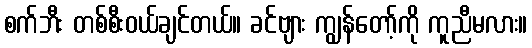
စက်ဘီး တစ်စီးဝယ်ချင်တယ်။ ခင်ဗျား ကျွန်တော့်ကို ကူညီမလား။